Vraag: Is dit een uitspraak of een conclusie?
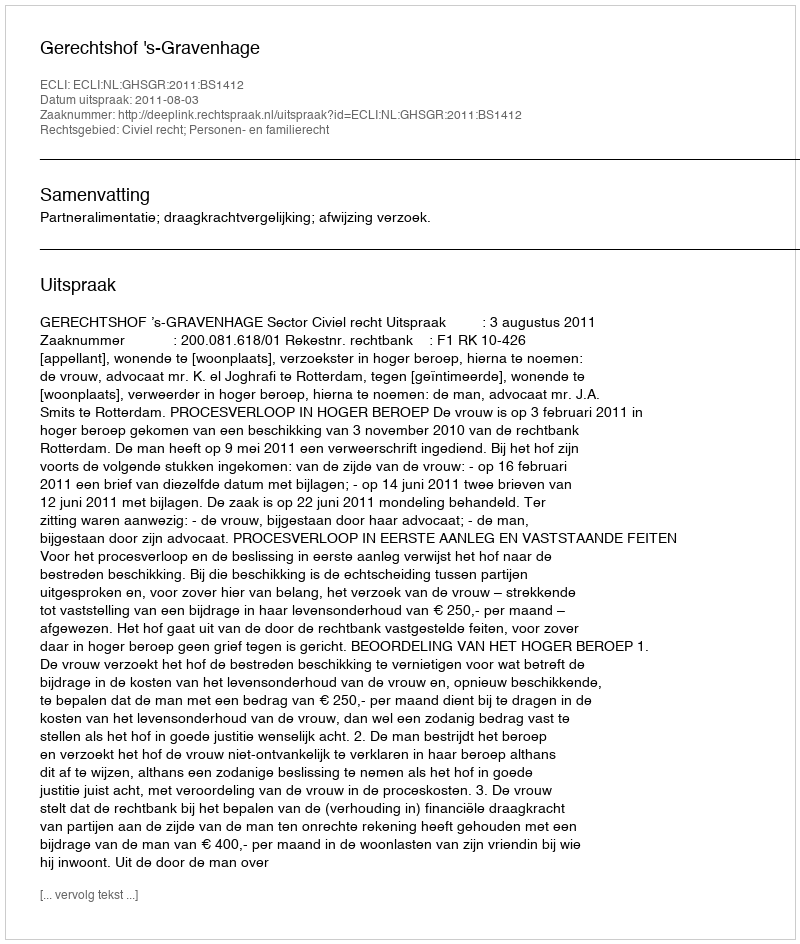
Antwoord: Uitspraak